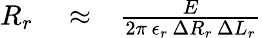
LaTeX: \begin{array}{rlr}{R_{r}}&{{}\approx}&{\frac{E}{2\pi\, \epsilon_{r}\, \Delta R_{r}\, \Delta L_{r}}}\end{array}